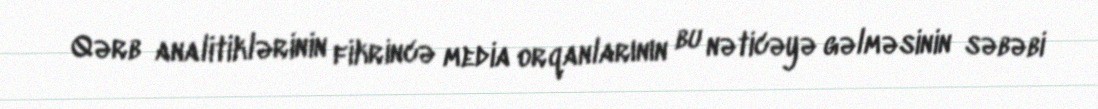
Qərb analitiklərinin fikrincə media orqanlarının bu nəticəyə gəlməsinin səbəbi